Report on sanitation, dispensaries, and jails in Rajputana for 1921, and on vaccination for the year 1921-1922 - 1921-1922
Year: 1921
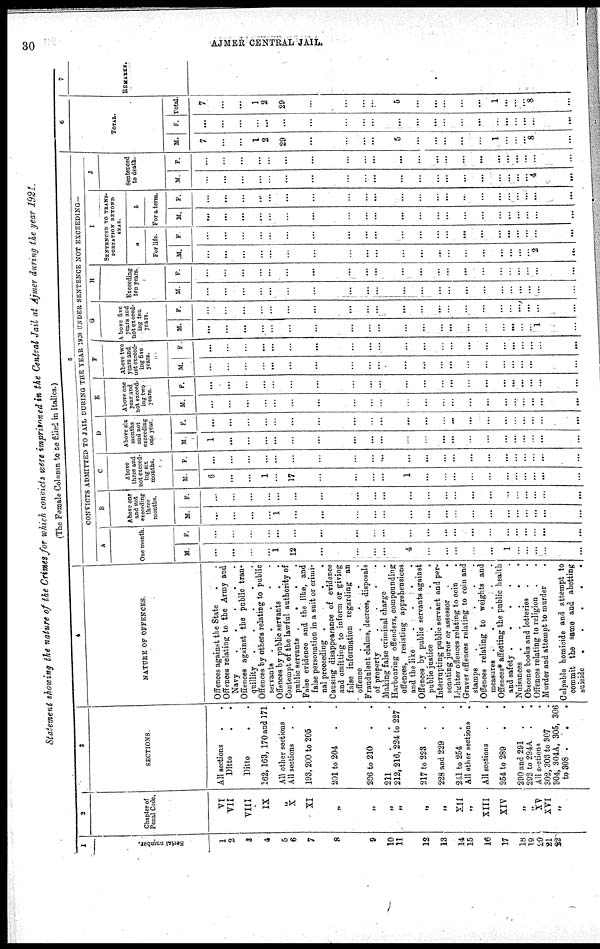
30
AJMER CENTRAL JAIL.
Statement showing the nature of the Crimes for which convicts were imprisoned in the Central Jail at Ajmer during the year 1921.
(The Female Column to be filled in italics.)
1
Serial
number.
1
2
3
4
5
6
7
8
9
10
11
12
13
14
15
16
17
18
19
20
21
22
2
Chapter of
Penal Code.
VI
VII
VIII
IX
„
X
XI
„
„
„
„
„
„
XII
„
XIII
XIV
„
„
XV
XVI
„
3
SECTIONS.
All sections..
Ditto..
Ditto..
162,163, 170 and 171
All other sections.
All sections..
193, 200 to 205.
201 to 204..
206 to 210..
211...
212,216, 224 to 227
217 to 223..
228 and 229..
241 to 254..
All other sections.
All sections..
254 to 289..
290 and 291..
292 to 294A..
All sections..
302, 303 to 307.
304, 304A, 305, 306
to 308...
4
NATURE OF OFFENCES.
Offences against the State..
Offences relating to the Army and
Navy
Offences against the public tran-
quillity
Offences by others relating to public
servants.....
Offences by public servants..
Contempt of the lawful authority of
public servants....
False evidence and the like, and
false personation in a suit or crimi-
nal proceeding....
Causing disappearance of evidence
and omitting to inform or giving
false information regarding an
offence.....
Fraudulent claims, decrees, disposals
of property....
Making false criminal charge.
Harbouring offenders, compounding
offences, resisting apprehensions
and the like....
Offences by public servants against
public justice....
Interrupting public servant and per-
sonating juror or assessor..
Lighter offences relating to coin.
Graver offences relating to coin and
stamps.....
Offences relating to weights and
measures.....
Offences* affecting the public health
and safety.....
Nuisances
Obscene books and lotteries..
Offences relating to religion..
Murder and attempt to murder.
Culpable homicide and attempt to
commit the same and abetting
suicide.....
5
CONVICTS ADMITTED TO JAIL DURING THE YEAR 1920 UNDER SENTENCE NOT EXCEEDING—
A
One month.
M.
...
...
...
...
1
12
...
...
...
...
4
...
...
...
...
...
1
...
...
...
...
...
F.
...
...
...
...
...
...
...
...
...
...
...
...
...
...
...
...
...
...
...
...
...
...
B
Above one
and not
exceeding
three
months.
M.
...
...
...
...
1
...
...
...
...
...
...
...
...
...
...
...
...
...
...
...
...
...
F.
...
...
...
...
...
...
...
...
...
...
...
...
...
...
...
...
...
...
...
...
...
...
C
Above
three and
not exceed-
ing six
months.
M.
6
...
...
1
...
17
...
...
...
...
1
...
...
...
...
...
...
...
...
...
...
...
F.
...
...
...
...
...
...
...
...
...
...
...
...
...
...
...
...
...
...
...
...
...
...
D
Above six
months
and not
exceeding
one year.
M.
1
...
...
...
...
...
...
...
...
...
...
...
...
...
...
...
...
...
...
...
...
...
F.
...
...
...
...
...
...
...
...
...
...
...
...
...
...
...
...
...
...
...
...
...
...
E
Above one
not exceed-
ing two
years.
M.
...
...
...
...
...
...
...
...
...
...
...
...
...
...
...
...
...
...
...
...
...
...
F.
...
...
...
...
...
...
...
...
...
...
...
...
...
...
...
...
...
...
...
...
...
...
F
Above two
years and
not exceed-
ing five
years.
M.
...
...
...
...
...
...
...
...
...
...
...
...
...
...
...
...
...
...
...
...
...
...
F.
...
...
...
...
...
...
...
...
...
...
...
...
...
...
...
...
...
...
...
...
...
...
G
Above five
years and
not exceed-
ing ten
years.
M.
...
...
...
...
...
...
...
...
...
...
...
...
...
...
...
...
...
...
...
...
1
...
F.
...
...
...
...
...
...
...
...
...
...
...
...
...
...
...
...
...
...
...
...
...
...
H
Exceeding
ten years.
M.
...
...
...
...
...
...
...
...
...
...
...
...
...
...
...
...
...
...
...
...
...
...
F.
...
...
...
...
...
...
...
...
...
...
...
...
...
...
...
...
...
...
...
...
...
...
I
SENTENCED TO TRANS¬
PORTATION BEYOND
SEAS.
a
For life.
M.
...
...
...
...
...
...
...
...
...
...
...
...
...
...
...
...
...
...
...
...
2
...
F.
...
...
...
...
...
...
...
...
...
...
...
...
...
...
...
...
...
...
...
...
...
...
b
For a term.
M.
...
...
...
...
...
...
...
...
...
...
...
...
...
...
...
...
...
...
...
...
...
...
F.
...
...
...
...
...
...
...
...
...
...
...
...
...
...
...
...
...
...
...
...
...
...
J
Sentenced
to death.
M.
...
...
...
...
...
...
...
...
...
...
...
...
...
...
...
...
...
...
...
...
4
...
F.
...
...
...
...
...
...
...
...
...
...
...
...
...
...
...
...
...
...
...
...
...
...
6
TOTAL
M.
7
...
...
1
2
29
...
...
...
...
5
...
...
...
...
...
1
...
...
...
8
...
F.
...
...
...
...
...
...
...
...
...
...
...
...
...
...
...
...
...
...
...
...
...
...
Total.
7
...
...
1
2
29
...
...
...
...
5
...
...
...
...
...
1
...
...
...
8
...
7
REMARKS.